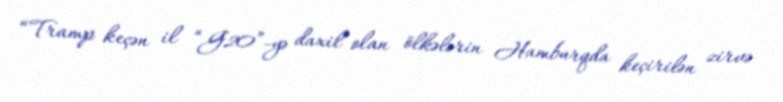
“Tramp keçən il “G20”-yə daxil olan ölkələrin Hamburqda keçirilən zirvə